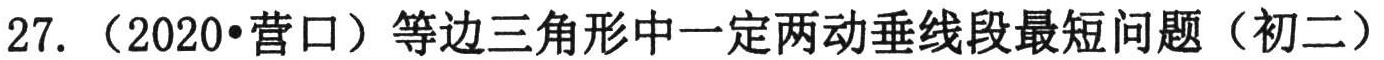
27.（2020•营口）等边三角形中一定两动垂线段最短问题（初二）